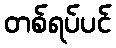
တစ်ရပ်ပင်